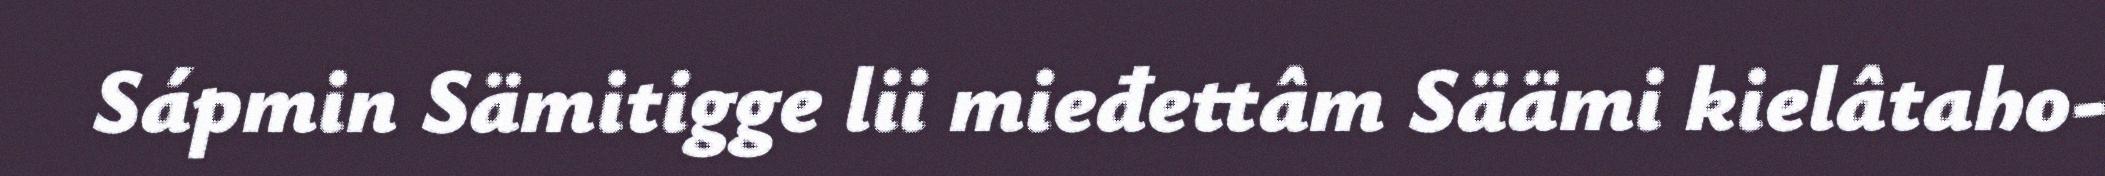
Sápmin Sämitigge lii mieđettâm Säämi kielâtaho-